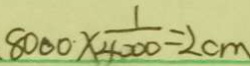
8 0 0 0 \times \frac { 1 } { 4 0 0 0 } = 2 c m